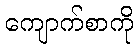
ကျောက်စာကို